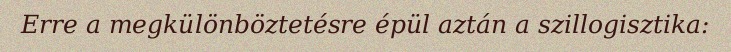
Erre a megkülönböztetésre épül aztán a szillogisztika: